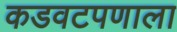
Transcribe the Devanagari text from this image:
कडवटपणाला